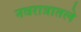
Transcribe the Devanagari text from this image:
नवरात्रातले